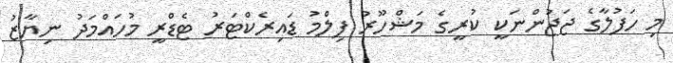
މި ހަފުލާގެ ޖަޖުންނަކީ ކުރީގެ މަޝްހޫރު ފިލްމު ޑައިރެކްޓަރު ޓެޑްރީ މުހައްމަދު ނިޔާޒު